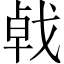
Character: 㦸